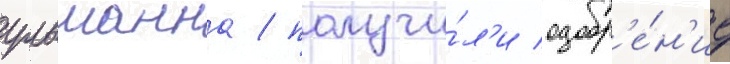
ульманна / получи́л'и одобр'е́н'ие